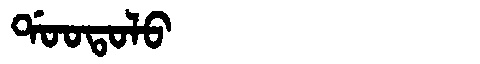
Manchu: ᡩᠣᠣᡨᠣᠯᠣ
Romanization: DOOTOLO